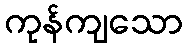
ကုန်ကျသော